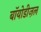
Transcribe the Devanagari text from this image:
बॉयोडीज़ल